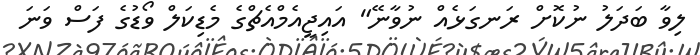
ލިވާ ބަދަލު ނުކޮށް ރަނގަޅެއް ނުވާނޭ" އައިޖީއެމްއެޗްގެ މެޑިކަލް ވޯޑުގެ ފަސް ވަނަ